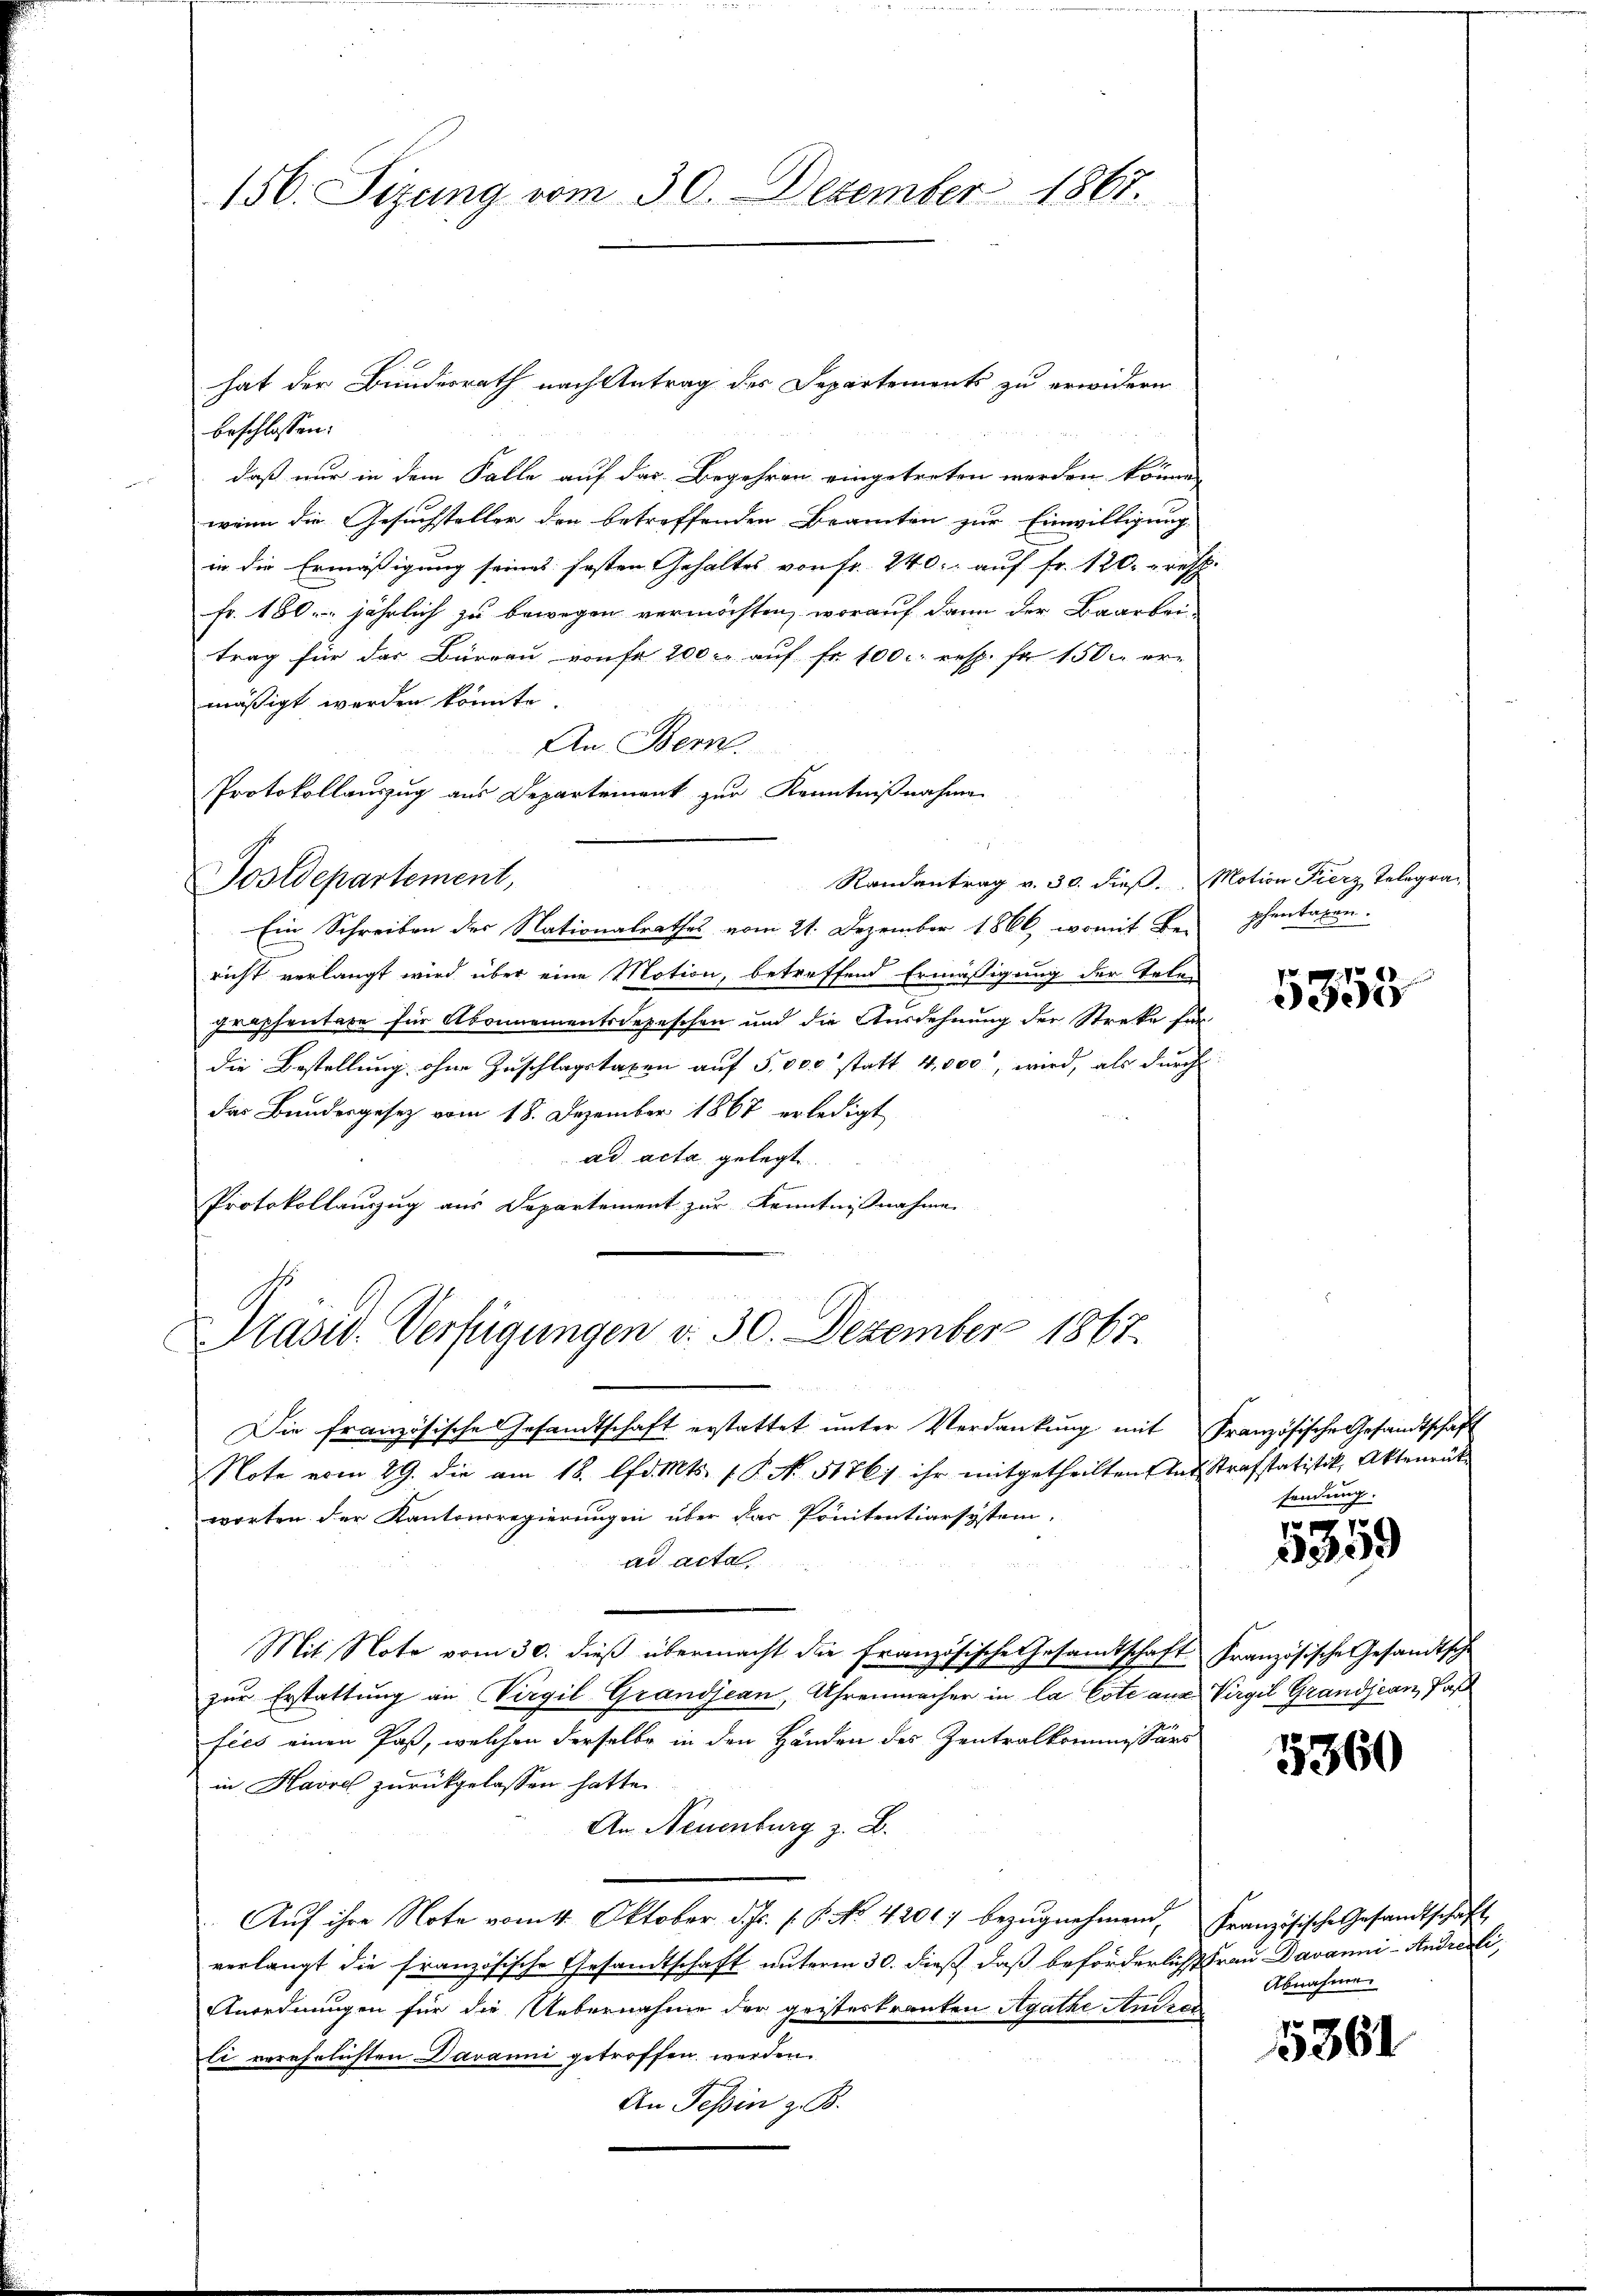
156. Sizung vom 30. Dezember 1867.

beschlossen:
daß nur in dem Falle auf das Begehren eingetreten werden könne,
wenn die Gesuchsteller den betreffenden Beamten zur Einwilligung
in die Ermäßigung seines fosten Gehaltes von fr. 240. auf Fr. 120 resp.
fr. 180. jährlich zu bewegen vermöchten, worauf dann der Baarbei-
trag für das Büreau vonse 200. aŭf fr. 100. resp. fr. 150. er-
mäßigt werden könnte.
An Bern
Protokollauszug aus Departement zur Kenntnißnahmen
Postdepartement,
Randantrag v. 30. dieß. Motion Fierz, Telegra-
Ein Schreiben des Nationalrathes vom 21. Dezember 1866, womit Be-
richt verlangt wird über eine Motion, betreffend Ermäßigung der Telen
Fraphentare für Abonnementsdepeschen und die Ausdehnung der Streke für
die Bestellung ohne Zuschlagstaxen auf 5,000 statt 4,000, wird, als durch
das Bundesgesetz vom 18. Dezember 1867 erledigt
ad acta gelegt
Protokollauszug aus Departement zur Kenntnißnahme
 1
Prasw. Verfügungen d. 30. Dezember 1867.

Die französische Gesandtschaft erstattet unter Verdankung mit Französische Gesandtschaft
Note vom 29. die am 18. lfd. Mts. 1. P. No. 5176) ihr mitgetheilten Ant Strafstatistik, Aktenrück
worten der Kantonsregierungen über das Pönitentiarsystem,
ad acta
Mit Note vom 30. dieβ übermacht die französische Gesamtschaft französische Gesandtsche
zur Erstattung an Virgil Grandjean, Uhrenmacher in la Cote aus Virgil Grandjean Pas
fies einen Paß, welchen derselbe in den Händen des Zentralkommissärs
in Havre zurückgelassen hatte.
An Neuenburg z. B.
Aŭf ihre Note vom 4. Oktober d. Js. s. P. No 42017 bezŭgnehmend, Französische Gesandtschaft
verlangt die französische Gesandtschaft unterm 30. dieß, daß beförderlicht Frau Davanni- Andresti
Anordnungen für die Uebernahme der geistertrauten Agathe Anras
li verehrlichten Davanni getroffen werden.
An Tessin z. B.

hat der Bundesrath nach Antrag des Departements zu erwidern

phentagen.

5358

sendung.
e

32239

5360

Abnahmen

5861